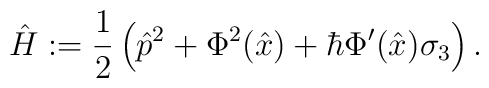
\hat{H}:=\frac{1}{2}\left(\hat{p}^{2}+\Phi ^{2}(\hat{x})+\hbar\Phi '(\hat{x})\sigma _{3}\right).